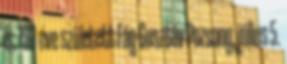
is; 190 éve született Fáy Gusztáv Pozsony, július 5.